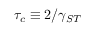
\tau _ { c } \equiv 2 / \gamma _ { S T }